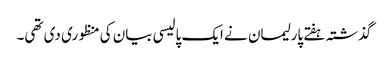
گذشتہ ہفتے پارلیمان نے ایک پالیسی بیان کی منظوری دی تھی۔